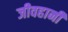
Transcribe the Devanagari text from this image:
जीवहानी